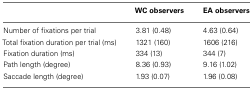
|  | WC observers | EA observers |
 | --- | --- | --- |
 | Number of fixations per trial | 3.81 (0.48) | 4.63 (0.64) |
 | Total fixation duration per trial (ms) | 1321 (160) | 1606 (216) |
 | Fixation duration (ms) | 334 (13) | 344 (7) |
 | Path length (degree) | 8.36 (0.93) | 9.16 (1.02) |
 | Saccade length (degree) | 1.93 (0.07) | 1.96 (0.08) |